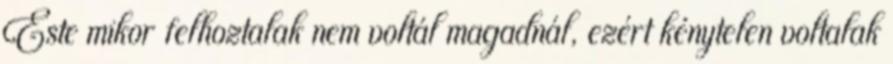
Este mikor felhoztalak nem voltál magadnál, ezért kénytelen voltalak